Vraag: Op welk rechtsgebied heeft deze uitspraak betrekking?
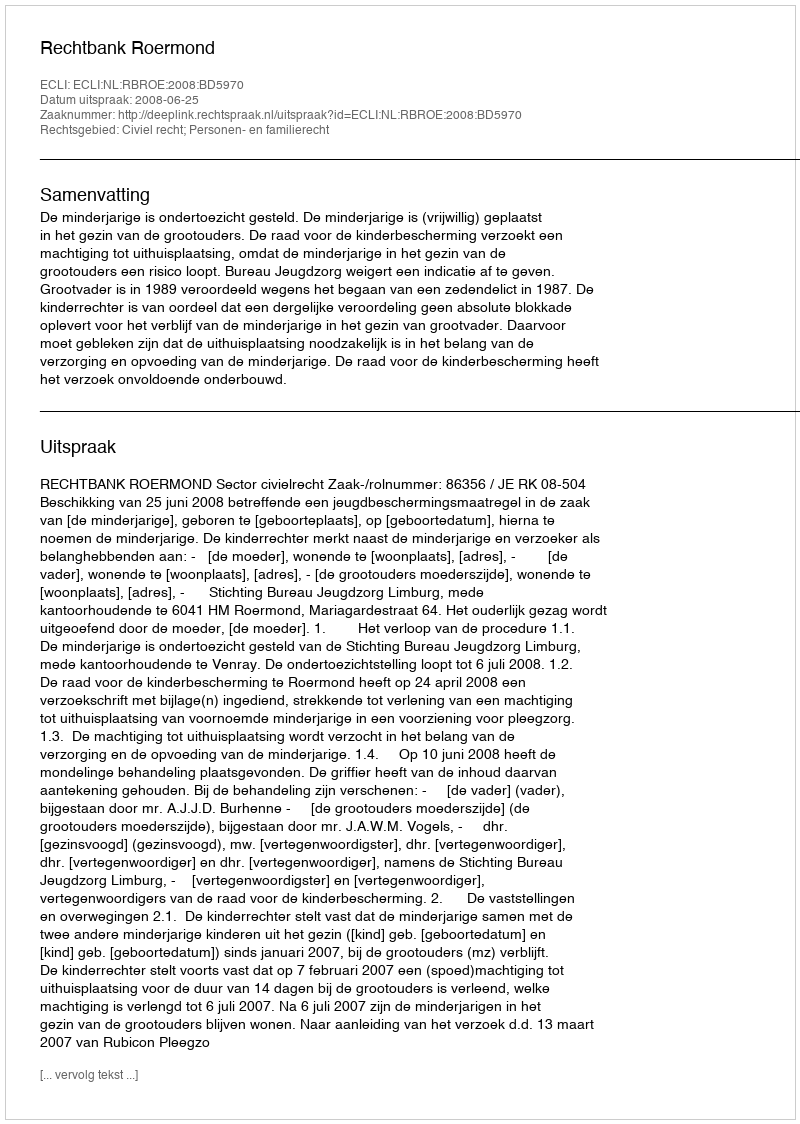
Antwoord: Civiel recht; Personen- en familierecht